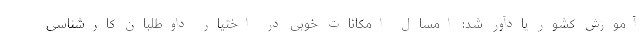
آموزش کشور یادآور شد: امسال امکانات خوبی در اختیار داوطلبان کارشناسی